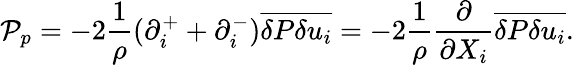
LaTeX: {\mathcal P_{p}}=-2\frac{1}{\rho}(\partial_{i}^{+}+\partial_{i}^{-})\overline{{\delta P\delta u_{i}}}=-2\frac{1}{\rho}\frac{\partial}{\partial{X_{i}}}\overline{{\delta P\delta u_{i}}}.